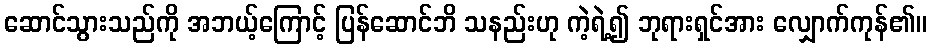
ဆောင်သွားသည်ကို အဘယ့်ကြောင့် ပြန်ဆောင်ဘိ သနည်းဟု ကဲ့ရဲ့၍ ဘုရားရှင်အား လျှောက်ကုန်၏။